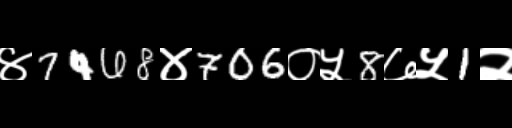
Text: ४7468४706०५8७५1२